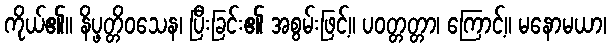
ကိုယ်၏။ နိပ္ဖတ္တိဝသေန၊ ပြီးခြင်း၏ အစွမ်းဖြင့်။ ပဝတ္တတ္တာ၊ ကြောင့်။ မနောမယာ၊